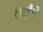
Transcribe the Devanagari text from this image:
साईंचे